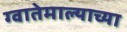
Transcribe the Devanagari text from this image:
ग्वातेमाल्याच्या